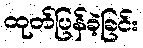
ထုတ်ပြန်ခဲ့ခြင်း